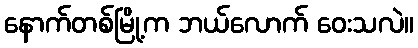
နောက်တစ်မြို့က ဘယ်လောက် ဝေးသလဲ။